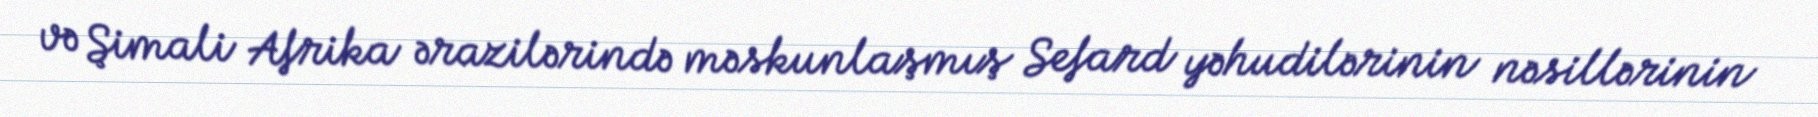
və Şimali Afrika ərazilərində məskunlaşmış Sefard yəhudilərinin nəsillərinin